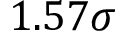
1 . 5 7 \sigma